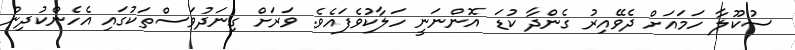
ސުކޫލާ ހަމައަށް ދެވޭއިރު ގެންދާ ކުޑަ އޮންނަނީ ހަލާކުވެފައެވެ. ވަރަށް ގިނަދުވަސްތަކުގައި އެހެންކުދިން